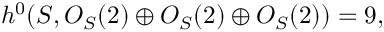
h ^ { 0 } ( { \cal S } , { \cal O } _ { { \cal S } } ( 2 ) \oplus { \cal O } _ { { \cal S } } ( 2 ) \oplus { \cal O } _ { { \cal S } } ( 2 ) ) = 9 ,